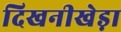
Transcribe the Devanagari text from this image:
दिखनीखेड़ा